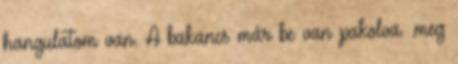
hangulatom van. A bakancs már be van pakolva. .meg